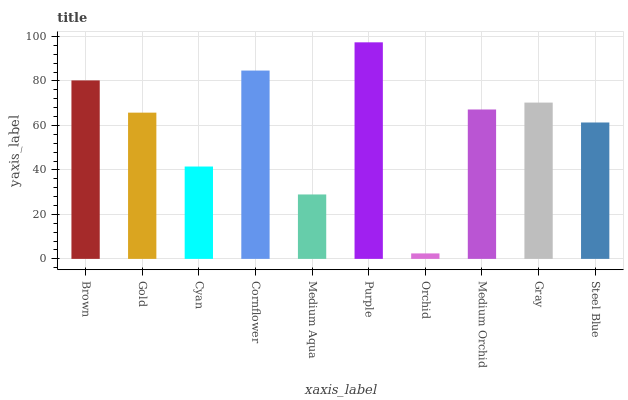
| xaxis_label | bars |
 | --- | --- |
 | Brown | 80.3 |
 | Gold | 65.8 |
 | Cyan | 41.5 |
 | Cornflower | 84.7 |
 | Medium Aqua | 29 |
 | Purple | 97.4 |
 | Orchid | 2.46 |
 | Medium Orchid | 67.2 |
 | Gray | 70.3 |
 | Steel Blue | 61.3 |